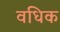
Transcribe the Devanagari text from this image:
वधिक